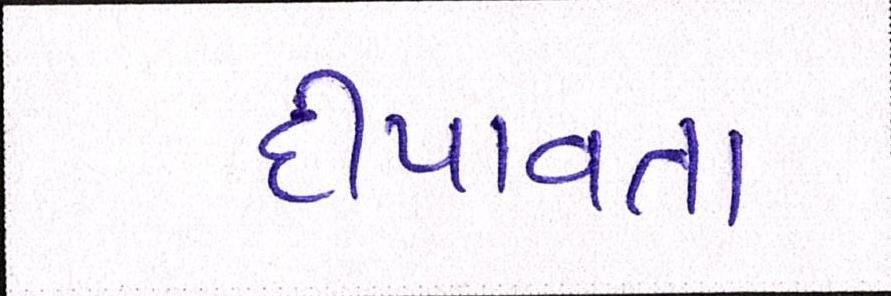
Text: દીપાવતા